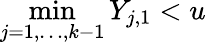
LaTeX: \operatorname*{min}_{j=1,\dots,k-1}Y_{j,1}<u